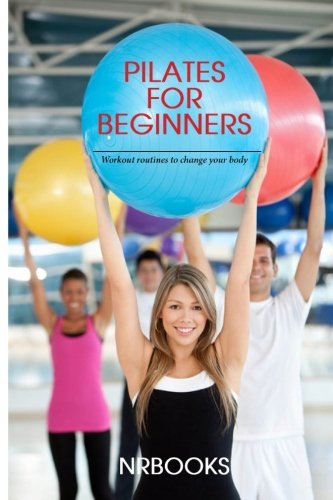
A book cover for Pilates for Beginners : Workout routines to change your body; NrBooks; Health, Fitness & Dieting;